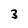
Character: 3